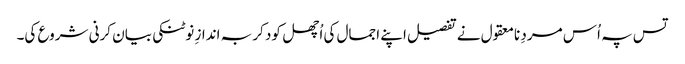
تس پہ اُس مردِ نامعقول نے تفصیل اپنے اجمال کی اُچھل کود کر بہ اندازِ نوٹنکی بیان کرنی شروع کی۔